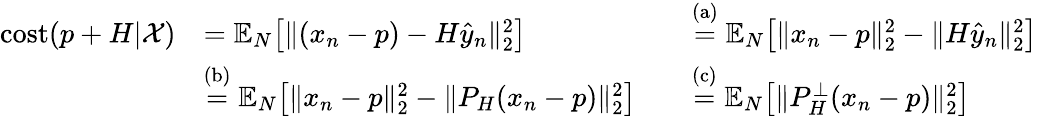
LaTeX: \begin{array}{rlrl}{\mathrm{cost}(p+H|\mathcal{X})}&{=\mathbb{E}_{N}\big[\| (x_{n}-p)-H\widehat{y}_{n}\| _{2}^{2}\big]}&&{\stackrel{\mathrm{(a)}}{=}\mathbb{E}_{N}\big[\| x_{n}-p\| _{2}^{2}-\| H\widehat{y}_{n}\| _{2}^{2}\big]}\\ &{\stackrel{\mathrm{(b)}}{=}\mathbb{E}_{N}\big[\| x_{n}-p\| _{2}^{2}-\| P_{H}(x_{n}-p)\| _{2}^{2}\big]}&&{\stackrel{\mathrm{(c)}}{=}\mathbb{E}_{N}\big[\| P_{H}^{\perp}(x_{n}-p)\| _{2}^{2}\big]}\end{array}